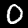
Digit: 0